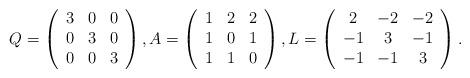
LaTeX: \begin{align*}Q=\left(\begin{array}{ccc} 3 & 0 & 0 \\ 0 & 3 & 0 \\ 0 & 0 & 3\end{array}\right),A=\left(\begin{array}{ccc} 1 & 2 & 2 \\ 1 & 0 & 1 \\ 1 & 1 & 0\end{array}\right),L=\left(\begin{array}{ccc} 2 & -2 & -2 \\ -1 & 3 & -1 \\ -1 & -1 & 3\end{array}\right).\end{align*}